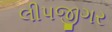
લીપજીગર